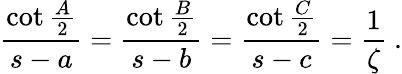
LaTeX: {\frac{\cot{\frac{A}{2}}}{s-a}}={\frac{\cot{\frac{B}{2}}}{s-b}}={\frac{\cot{\frac{C}{2}}}{s-c}}={\frac{1}{\zeta}}~.